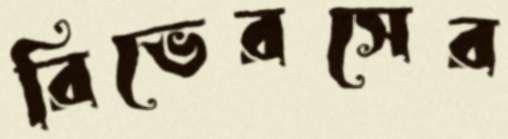
রিভেরসের